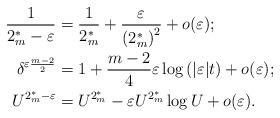
LaTeX: \begin{align*}\frac{1}{2_{m}^{*}-\varepsilon} & =\frac{1}{2_{m}^{*}}+\frac{\varepsilon}{\left(2_{m}^{*}\right)^{2}}+o(\varepsilon);\\\delta^{\varepsilon\frac{m-2}{2}} & =1+\frac{m-2}{4}\varepsilon\log\left(|\varepsilon|t\right)+o(\varepsilon);\\U^{2_{m}^{*}-\varepsilon} & =U^{2_{m}^{*}}-\varepsilon U^{2_{m}^{*}}\log U+o(\varepsilon).\end{align*}